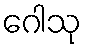
ဂေါသု